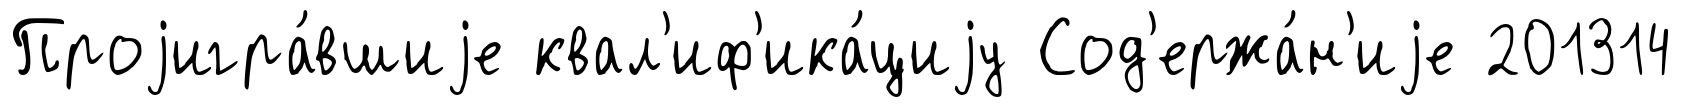
Проjигра́вшиjе квал'иф'ика́циjу Сод'ержа́н'иjе 201314